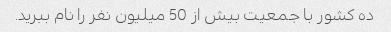
ده کشور با جمعیت بیش از 50 میلیون نفر را نام ببرید.